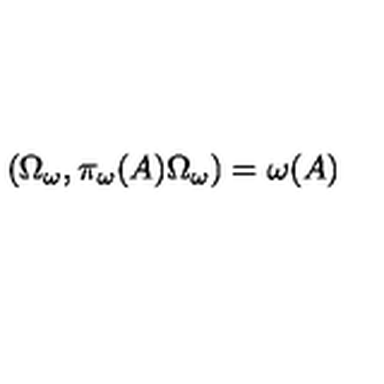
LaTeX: \left( \Omega _ { \omega } , \pi _ { \omega } ( A ) \Omega _ { \omega } \right) = \omega ( A )